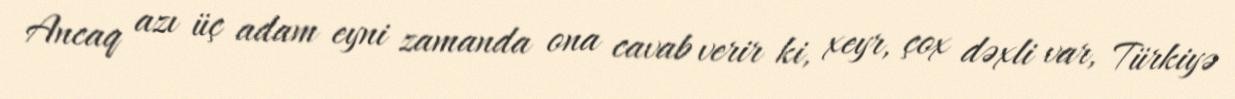
Ancaq azı üç adam eyni zamanda ona cavab verir ki, xeyr, çox dəxli var, Türkiyə